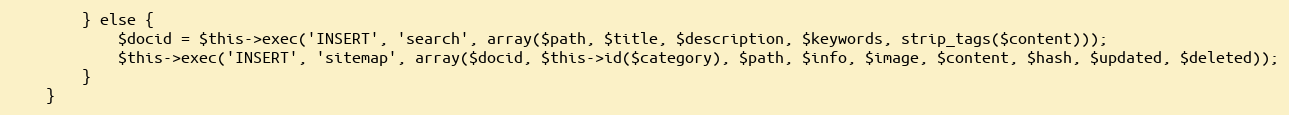
Language: PHP
        } else {
            $docid = $this->exec('INSERT', 'search', array($path, $title, $description, $keywords, strip_tags($content)));
            $this->exec('INSERT', 'sitemap', array($docid, $this->id($category), $path, $info, $image, $content, $hash, $updated, $deleted));
        }
    }